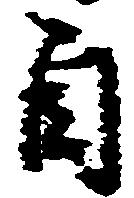
自